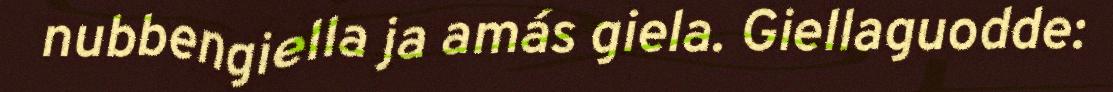
nubbengiella ja amás giela. Giellaguodde: